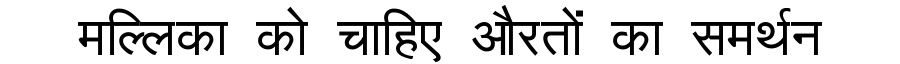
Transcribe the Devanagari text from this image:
मल्लिका को चाहिए औरतों का समर्थन